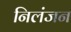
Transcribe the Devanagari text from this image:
निलंजन